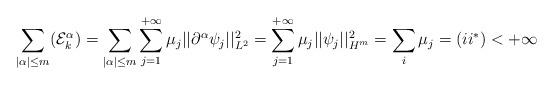
LaTeX: \begin{align*}\sum_{|\alpha| \leq m} (\mathcal{E}_k^{\alpha}) = \sum_{|\alpha|\leq m}\sum_{j=1}^{+\infty}\mu_j||\partial^{\alpha}\psi_j||_{L^2}^2 = \sum_{j=1}^{+\infty} \mu_j ||\psi_j||_{H^m}^2 = \sum_{i} \mu_j = (ii^*) < + \infty\end{align*}